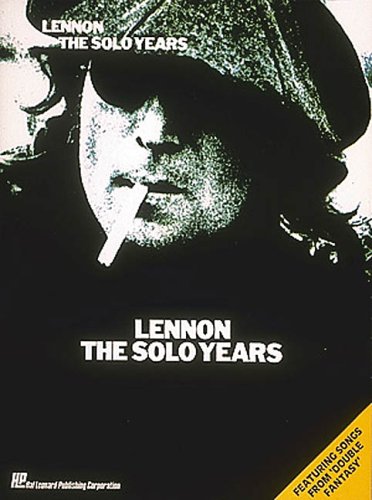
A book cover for Lennon - The Solo Years: Piano / Vocal / Guitar Artist Songbook; John Lennon; Humor & Entertainment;